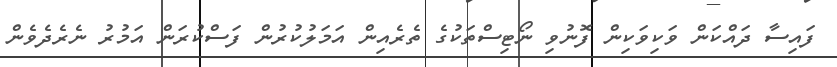
ފައިސާ ދައްކަން ވަކިވަކިން ފޮނުވި ނޯޓިސްތަކުގެ ތެރެއިން އަމަލުކުރުން ފަސްކުރަން އަމުރު ނެރެދެވެން